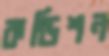
কন্ডিশন